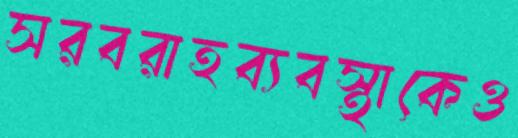
সরবরাহব্যবস্থাকেও